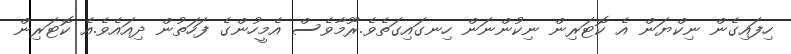
ހިފައިގެން ނިކްޔަން އެ ކޮޓަރިން ނިކުންނަން ހިނގައިގަތެވެ.ރޫމާވެސް އެމީހުންގެ ފަހަތުން ދިއައެވެ.އެ ކޮޓަރިން